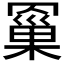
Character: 𮊗